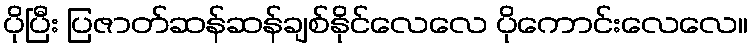
ပိုပြီး ပြဇာတ်ဆန်ဆန်ချစ်နိုင်လေလေ ပိုကောင်းလေလေ။